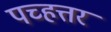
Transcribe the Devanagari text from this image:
पच्हत्तर